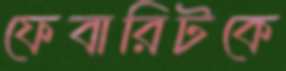
ফেবারিটকে